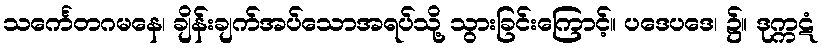
သင်္ကေတဂမနေ၊ ချိန်းချက်အပ်သောအရပ်သို့ သွားခြင်းကြောင့်။ ပဒေပဒေ၊ ၌။ ဒုက္ကဋံ